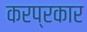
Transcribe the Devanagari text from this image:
करप्रकार